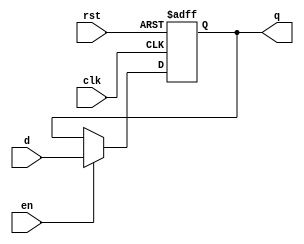
// See LICENSE.SiFive for license details.

/** This black-boxes an Async Reset
  * Reg.
  *
  * Because Chisel doesn't support
  * parameterized black boxes,
  * we unfortunately have to
  * instantiate a number of these.
  *
  * We also have to hard-code the set/reset.
  *
  *  Do not confuse an asynchronous
  *  reset signal with an asynchronously
  *  reset reg. You should still
  *  properly synchronize your reset
  *  deassertion.
  *
  *  @param d Data input
  *  @param q Data Output
  *  @param clk Clock Input
  *  @param rst Reset Input
  *  @param en Write Enable Input
  *
  */

`ifdef RANDOMIZE_GARBAGE_ASSIGN
`define RANDOMIZE
`endif
`ifdef RANDOMIZE_INVALID_ASSIGN
`define RANDOMIZE
`endif
`ifdef RANDOMIZE_REG_INIT
`define RANDOMIZE
`endif
`ifdef RANDOMIZE_MEM_INIT
`define RANDOMIZE
`endif

module AsyncResetReg (d, q, en, clk, rst);
parameter RESET_VALUE = 0;

input  wire d;
output reg  q;
input  wire en;
input  wire clk;
input  wire rst;

   // There is a lot of initialization
   // here you don't normally find in Verilog
   // async registers because of scenarios in which reset
   // is not actually asserted cleanly at time 0,
   // and we want to make sure to properly model
   // that, yet Chisel codebase is absolutely intolerant
   // of Xs.
`ifndef SYNTHESIS
  initial begin
    `ifdef RANDOMIZE
    integer    initvar;
    reg [31:0] _RAND;
    _RAND = {1{$random}};
    q = _RAND[0];
    `endif // RANDOMIZE
    if (rst) begin
      q = RESET_VALUE;
    end
  end
`endif

   always @(posedge clk or posedge rst) begin

      if (rst) begin
         q <= RESET_VALUE;
      end else if (en) begin
         q <= d;
      end
   end

endmodule // AsyncResetReg